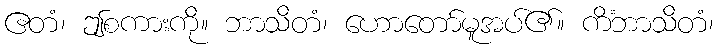
ဧတံ၊ ဤစကားကို။ ဘာသိတံ၊ ဟောတော်မူအပ်၏။ ကိံဘာသိတံ၊